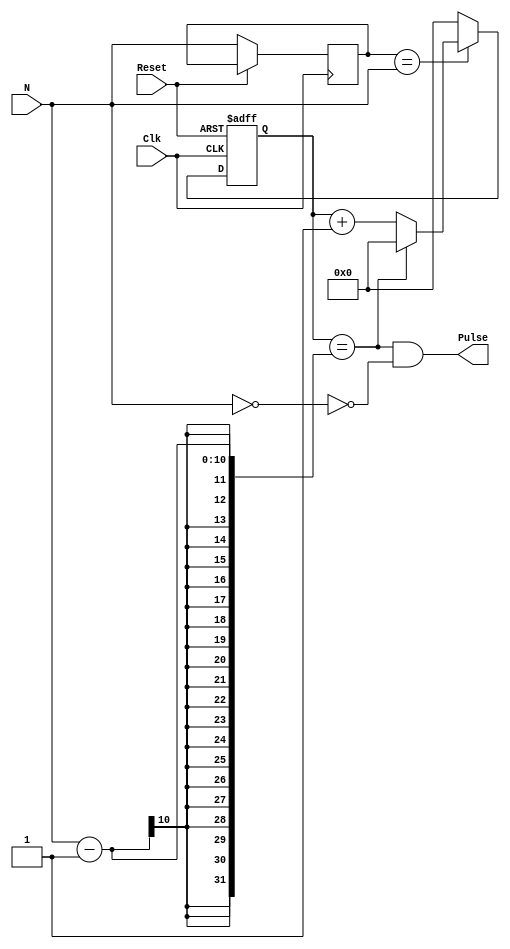
		//////////////////////////////////////////////////////////////////////////////////
// Modified:      
// Description: 
//
//
// Revision: 		1.1
// Additional Comments: 
//
//////////////////////////////////////////////////////////////////////////////////

`timescale 1ns / 1ps

module ee201_pulse_atN(Clk, Reset, Pulse, N);	

	// parameters
	/** TODO: update WIDTH = COUNTER width 
	use MINIMUM required WIDTH to count for N <= 1000 (decimal)
 	**/
	
	parameter WIDTH = 10;


	/*  INPUTS */
	// Clock & Reset
	input		Clk, Reset;
	// Terminal count
	input [WIDTH-1:0] N;	
	// store the previous N to allow reset if N change
	// prevents clock run away if N << Nlast
	reg [WIDTH-1:0] Nlast;	

	
	reg [WIDTH-1:0] Count;	

	
	/*  OUTPUTS */
	// output clock
	output Pulse;
	/**
	TODO: fix assign so that Pulse does not equal 1 if N=0	
	**/
	assign Pulse = (Count == N-1) && (~(N==0)); 

		
	always @ (posedge Clk, posedge Reset)
	begin : PULSE_GENERATOR
		if(Reset)
			Count <= 0;
		else
			begin
		    	// nonblocking so check occurs with old Nlast
    			Nlast <= N;
    		  
    		  	/**
			  	TODO:
			  	update condition to reset Count if N "changes" between clocks
        		**/
		    	if(~(Nlast==N))
		      		Count <= 0;
        		else if(Count == N-1)
          			begin
						/**
						TODO: complete            
						**/
						Count<=0;
						/* */
          			end
			  	else
			  		begin
						/**
						TODO: complete            
						**/
						Count <= Count + 1;
						/* */
					end
		  end
	end
	
endmodule